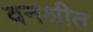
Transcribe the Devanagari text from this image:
वनश्रीत